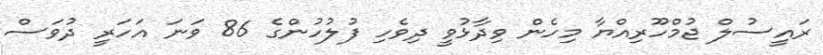
ރައީސުލް ޖުމްހޫރިއްޔާ މިހެން ވިދާޅުވީ ދިވެހި ފުލުހުންގެ 86 ވަނަ އަހަރީ ދުވަސް